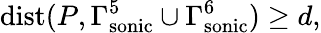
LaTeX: \mathrm{{dist}}(P,\Gamma_{\mathrm{sonic}}^{5}\cup\Gamma_{\mathrm{sonic}}^{6})\geq d,